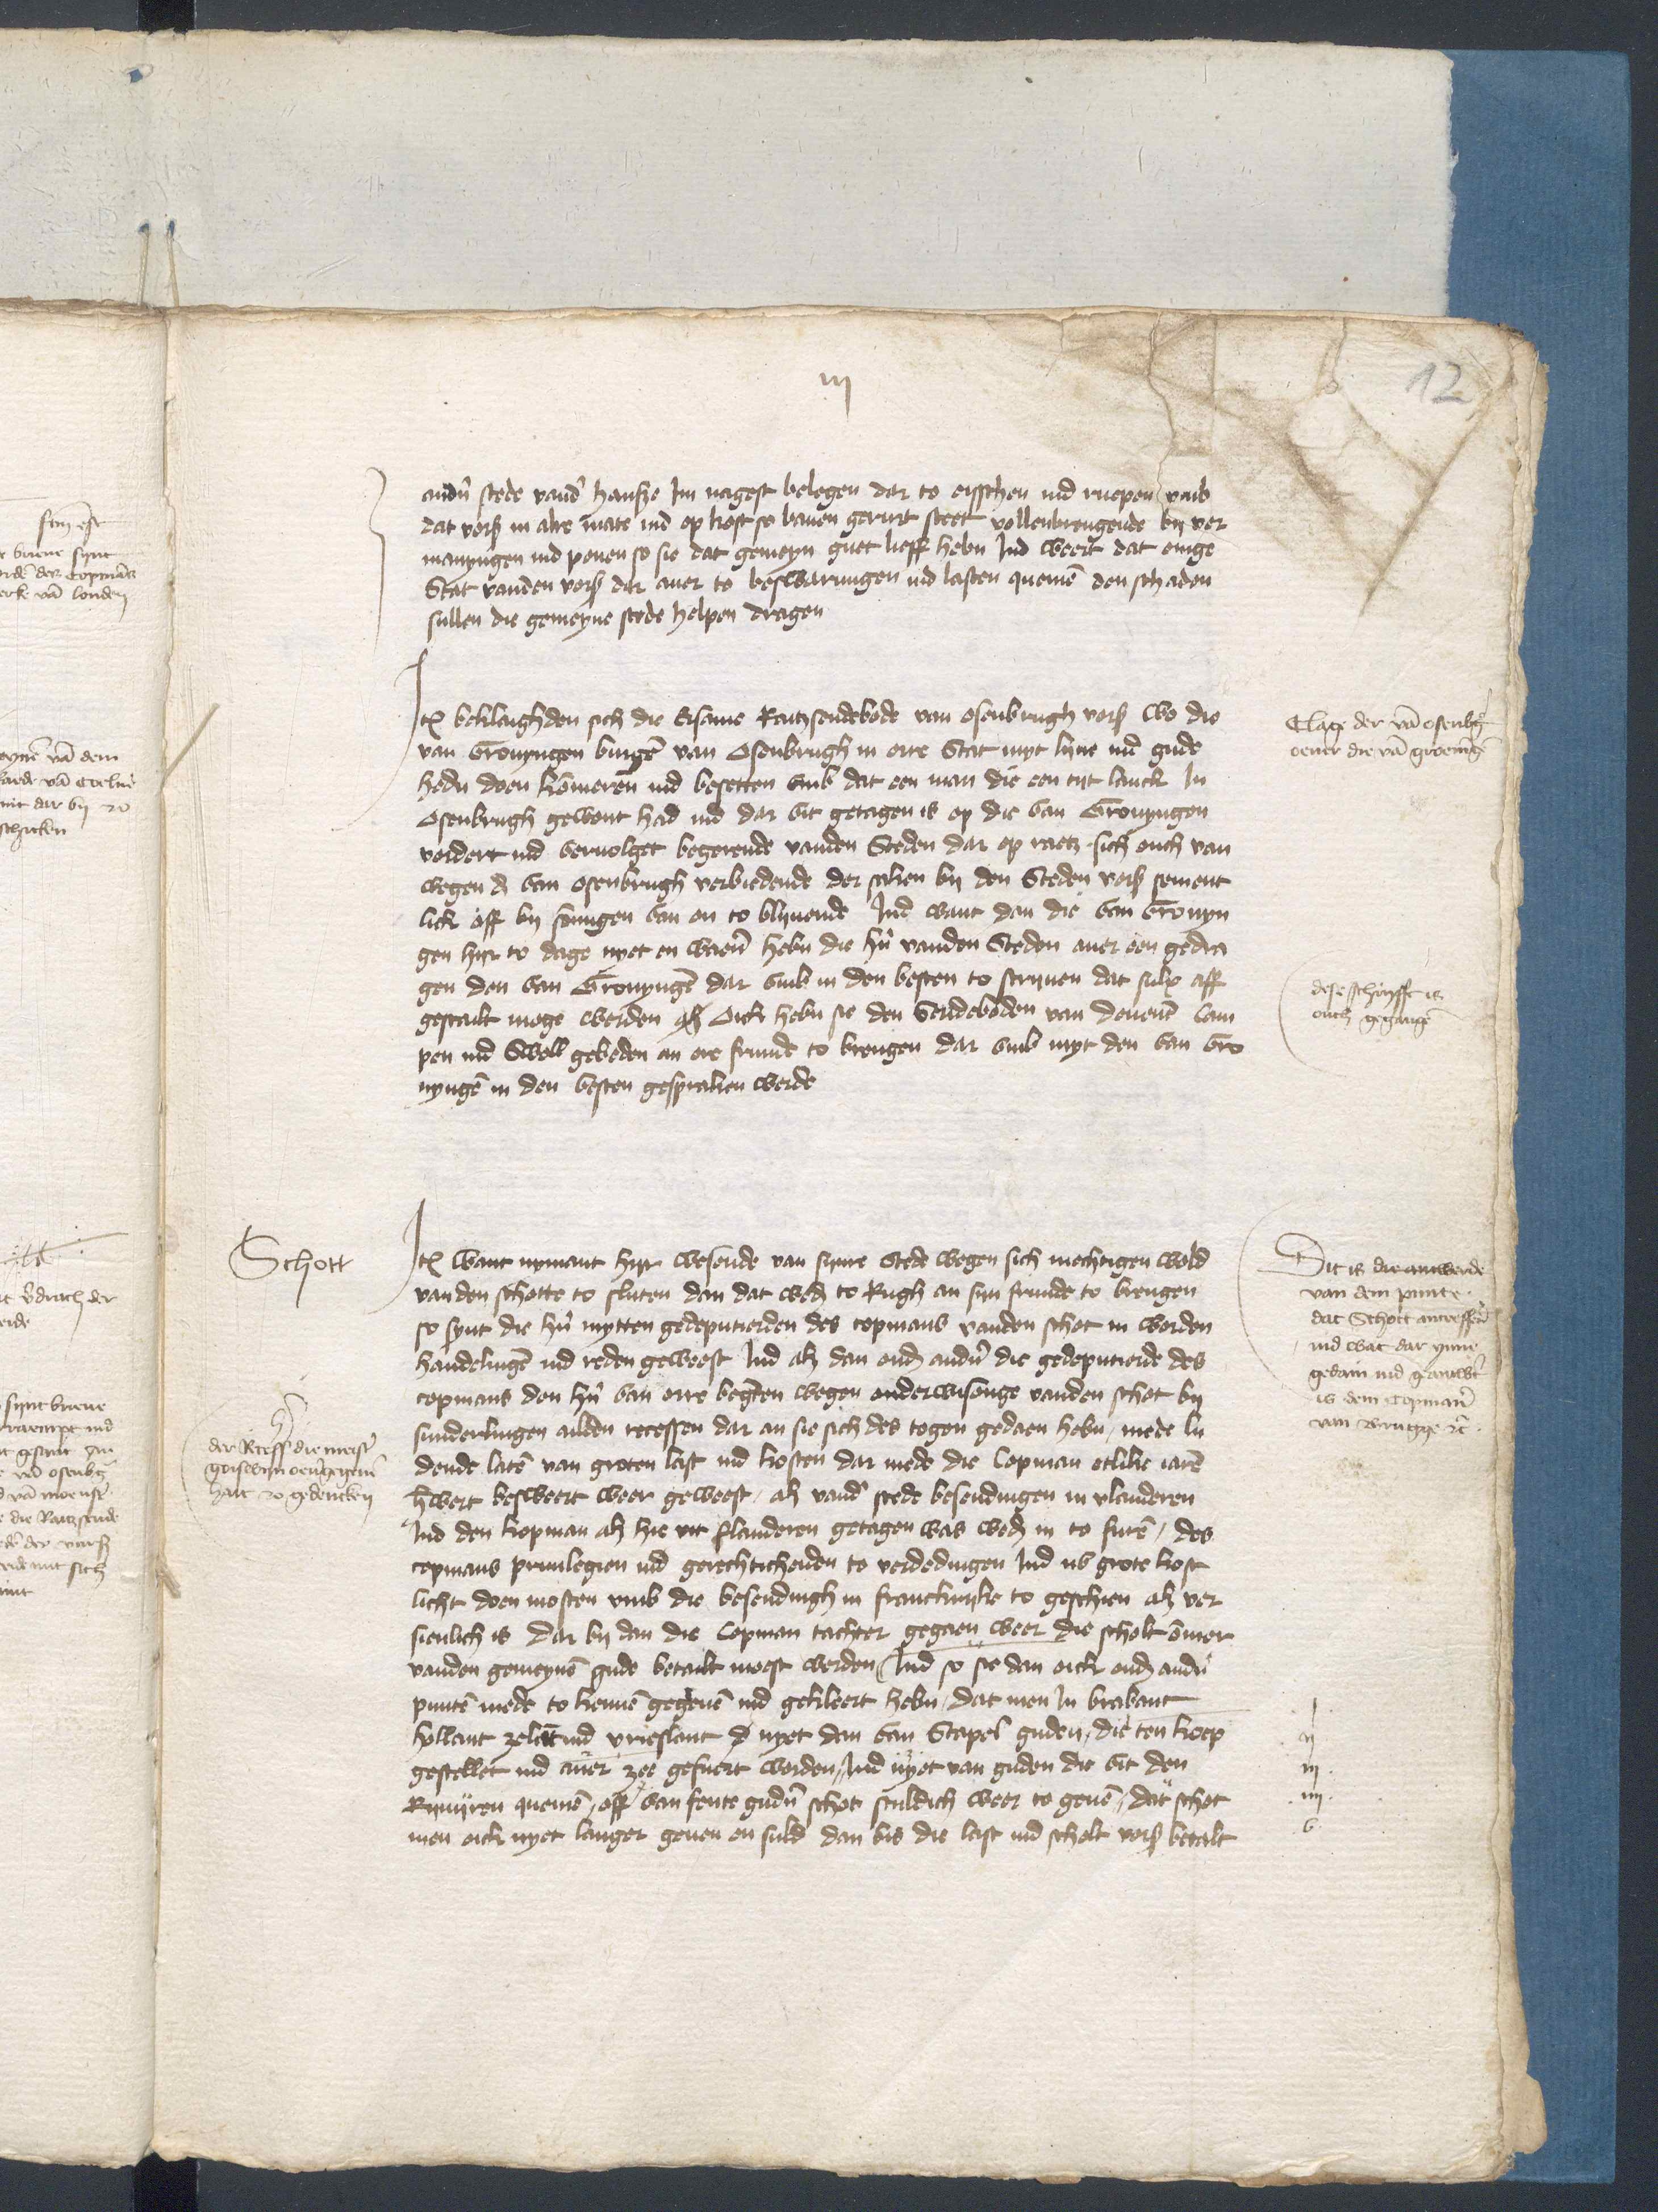
anderen stede vander Hanse Jm nagest belegen dar to ersschen ind rueper van
dat vorscreuen in alte mate ind op trost so bauen gerurt steet vollenbrengende by vor¬
manyngen ind ponen so sie dat gemeyn guet lieff heben Jnd weert dat enige
Stat vanden vorscreuen dar auer to beswarungen ind lasten quemen den schaden
sullen die gemeyne stede helpen dragen

Jtem beklaghden sick die Ersame Ratzsendebode van Osenbrugh vorscreuen wo die
van Gronyngen vingen van Osenbrugh in orre Stat myt lyvee ind gude
heden doen kommeren ind besetten vmb dat een man die een tyt anck Jn
Osenbrugh gewont had ind dar vit getagen is op die van Gronyngen
vordert ind beuolget begerende vanden Steden dar op raetz sich auch van
wegen de van Osenbrugh vorbiedende der saken by den Steden vorscreuen sement¬
lick off by sommigen van en to blyuende Jnd want dan die van Gronyn¬
gen hyr to dage nyet en waren heben die hern vanden Steden auer een gedra¬
gen den van Gronyngen dar vmb in den besten to scryuen dat sulx aff¬
gestailt moge werden ge Oick heben sie den Sendeboden van Deuenter Cam¬
pen vnd Swoll gebeden an ere frunde to brengen dar vmb myt den van Gro¬
nynge in den besten gespraken werde

Clage der van Osenbrugge
oeuer dre van Groeningen

dese schrifft is
ouch gegangen

Jtem want nymant hyr wesede van syne Stede wegen sich mechtigen wold
van den schotte to sluten dan dat weder to Rugh an syn frunde to brengen
so synt die hern mytten gedeputierden des copmans vanden schot in worden
handelingen vnd reden gewest Jnd alz dan onder anderen die gedeputerde des
copmans den hern van ere begeren wegen onderwisinge vanden schot by
sunderlingen alden recessen dar an sie sich des togen gedaen heben, mede lu¬
dende laten van groten last ind kosten dar mede die Copman etlike iaren
herwert besweert weer gewest, als vanden stede besendingen in Vlanderen
Jnd den kopman alz hir vit Flanderen getagen was weder in to furen, des
copmans priuilegien ind gerechticheiden to vordedingen Jnd nv grote kost¬
licht doen mosten vmb die besendingh in Franckryke to geschen alz vor¬
sienlich is dar by dan die Copman tachter gegaen weer die scholt ommer
vanden gemeynen gude betalt moest werden Jnd so sie dan oick onder anderen
punten mede to kennen gegeuen ind gekleert heben, dat men Jn Brabant
Hollant Zeelant ind Vrieslant de nyet dan van Stapel guden, die ten koep
gestellet ind auer zee gefuret worden, Jnd nyet van guden die vit den
Ryuijren quemen, off van fente gudern schot sculdich weer to geuen, dat schot
men oick nyet langer geuen en suld dan bis die last ind scholt vorscreuen betalt

Schott

der Recess die meister
Goswyn oeuergegeuen
hatt to gedencken

Dit is die antwerde
van den puncte
dat Schott antreffen
ind wat dar ynne
gedain ind gereche
is dem copmann
van Brugge etcetera